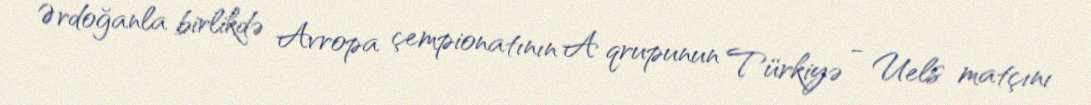
Ərdoğanla birlikdə Avropa çempionatının A qrupunun Türkiyə - Uels matçını